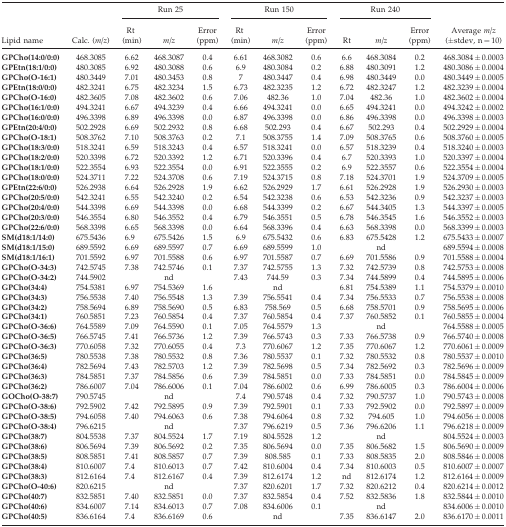
<table><thead><tr><td></td><td></td><td colspan="3"><b>Run 25</b></td><td colspan="3"><b>Run 150</b></td><td colspan="3"><b>Run 240</b></td><td></td></tr><tr><td><b>Lipid name</b></td><td><b>Calc. (<i>m/z</i>)</b></td><td><b>Rt (min)</b></td><td><b><i>m/z</i></b></td><td><b>Error (ppm)</b></td><td><b>Rt (min)</b></td><td><b><i>m/z</i></b></td><td><b>Error (ppm)</b></td><td><b>Rt</b></td><td><b><i>m/z</i></b></td><td><b>Error (ppm)</b></td><td><b>Average <i>m/z</i> (±stdev, n = 10)</b></td></tr></thead><tbody><tr><td><b>GPCho(14:0/0:0)</b></td><td>468.3085</td><td>6.62</td><td>468.3087</td><td>0.4</td><td>6.61</td><td>468.3082</td><td>0.6</td><td>6.6</td><td>468.3084</td><td>0.2</td><td>468.3084 ± 0.0003</td></tr><tr><td><b>GPEtn(18:1/0:0)</b></td><td>480.3085</td><td>6.92</td><td>480.3088</td><td>0.6</td><td>6.9</td><td>480.3084</td><td>0.2</td><td>6.88</td><td>480.3091</td><td>1.2</td><td>480.3086 ± 0.0004</td></tr><tr><td><b>GPCho(O-16:1)</b></td><td>480.3449</td><td>7.01</td><td>480.3453</td><td>0.8</td><td>7</td><td>480.3447</td><td>0.4</td><td>6.98</td><td>480.3449</td><td>0.0</td><td>480.3449 ± 0.0005</td></tr><tr><td><b>GPEtn(18:0/0:0)</b></td><td>482.3241</td><td>6.75</td><td>482.3234</td><td>1.5</td><td>6.73</td><td>482.3235</td><td>1.2</td><td>6.72</td><td>482.3247</td><td>1.2</td><td>482.3239 ± 0.0004</td></tr><tr><td><b>GPCho(O-16:0)</b></td><td>482.3605</td><td>7.08</td><td>482.3602</td><td>0.6</td><td>7.06</td><td>482.36</td><td>1.0</td><td>7.04</td><td>482.36</td><td>1.0</td><td>482.3602 ± 0.0004</td></tr><tr><td><b>GPCho(16:1/0:0)</b></td><td>494.3241</td><td>6.67</td><td>494.3239</td><td>0.4</td><td>6.66</td><td>494.3241</td><td>0.0</td><td>6.65</td><td>494.3241</td><td>0.0</td><td>494.3242 ± 0.0002</td></tr><tr><td><b>GPCho(16:0/0:0)</b></td><td>496.3398</td><td>6.89</td><td>496.3398</td><td>0.0</td><td>6.87</td><td>496.3398</td><td>0.0</td><td>6.86</td><td>496.3398</td><td>0.0</td><td>496.3398 ± 0.0003</td></tr><tr><td><b>GPEtn(20:4/0:0)</b></td><td>502.2928</td><td>6.69</td><td>502.2932</td><td>0.8</td><td>6.68</td><td>502.293</td><td>0.4</td><td>6.67</td><td>502.293</td><td>0.4</td><td>502.2929 ± 0.0004</td></tr><tr><td><b>GPCho(O-18:1)</b></td><td>508.3762</td><td>7.10</td><td>508.3763</td><td>0.2</td><td>7.1</td><td>508.3755</td><td>1.4</td><td>7.09</td><td>508.3765</td><td>0.6</td><td>508.3760 ± 0.0005</td></tr><tr><td><b>GPCho(18:3/0:0)</b></td><td>518.3241</td><td>6.59</td><td>518.3243</td><td>0.4</td><td>6.57</td><td>518.3241</td><td>0.0</td><td>6.57</td><td>518.3239</td><td>0.4</td><td>518.3240 ± 0.0003</td></tr><tr><td><b>GPCho(18:2/0:0)</b></td><td>520.3398</td><td>6.72</td><td>520.3392</td><td>1.2</td><td>6.71</td><td>520.3396</td><td>0.4</td><td>6.7</td><td>520.3393</td><td>1.0</td><td>520.3397 ± 0.0004</td></tr><tr><td><b>GPCho(18:1/0:0)</b></td><td>522.3554</td><td>6.93</td><td>522.3554</td><td>0.0</td><td>6.91</td><td>522.3555</td><td>0.2</td><td>6.9</td><td>522.3557</td><td>0.6</td><td>522.3554 ± 0.0004</td></tr><tr><td><b>GPCho(18:0/0:0)</b></td><td>524.3711</td><td>7.22</td><td>524.3708</td><td>0.6</td><td>7.19</td><td>524.3715</td><td>0.8</td><td>7.18</td><td>524.3701</td><td>1.9</td><td>524.3709 ± 0.0005</td></tr><tr><td><b>GPEtn(22:6/0:0)</b></td><td>526.2938</td><td>6.64</td><td>526.2928</td><td>1.9</td><td>6.62</td><td>526.2929</td><td>1.7</td><td>6.61</td><td>526.2928</td><td>1.9</td><td>526.2930 ± 0.0003</td></tr><tr><td><b>GPCho(20:5/0:0)</b></td><td>542.3241</td><td>6.55</td><td>542.3240</td><td>0.2</td><td>6.54</td><td>542.3238</td><td>0.6</td><td>6.53</td><td>542.3236</td><td>0.9</td><td>542.3237 ± 0.0003</td></tr><tr><td><b>GPCho(20:4/0:0)</b></td><td>544.3398</td><td>6.69</td><td>544.3398</td><td>0.0</td><td>6.68</td><td>544.3399</td><td>0.2</td><td>6.67</td><td>544.3405</td><td>1.3</td><td>544.3397 ± 0.0005</td></tr><tr><td><b>GPCho(20:3/0:0)</b></td><td>546.3554</td><td>6.80</td><td>546.3552</td><td>0.4</td><td>6.79</td><td>546.3551</td><td>0.5</td><td>6.78</td><td>546.3545</td><td>1.6</td><td>546.3552 ± 0.0003</td></tr><tr><td><b>GPCho(22:6/0:0)</b></td><td>568.3398</td><td>6.65</td><td>568.3398</td><td>0.0</td><td>6.64</td><td>568.3396</td><td>0.4</td><td>6.63</td><td>568.3398</td><td>0.0</td><td>568.3399 ± 0.0003</td></tr><tr><td><b>SM(d18:1/14:0)</b></td><td>675.5436</td><td>6.9</td><td>675.5426</td><td>1.5</td><td>6.9</td><td>675.5432</td><td>0.6</td><td>6.83</td><td>675.5428</td><td>1.2</td><td>675.5433 ± 0.0007</td></tr><tr><td><b>SM(d18:1/15:0)</b></td><td>689.5592</td><td>6.69</td><td>689.5597</td><td>0.7</td><td>6.69</td><td>689.5599</td><td>1.0</td><td></td><td>nd</td><td></td><td>689.5594 ± 0.0008</td></tr><tr><td><b>SM(d18:1/16:1)</b></td><td>701.5592</td><td>6.97</td><td>701.5588</td><td>0.6</td><td>6.97</td><td>701.5587</td><td>0.7</td><td>6.69</td><td>701.5586</td><td>0.9</td><td>701.5588 ± 0.0004</td></tr><tr><td><b>GPCho(O-34:3)</b></td><td>742.5745</td><td>7.38</td><td>742.5746</td><td>0.1</td><td>7.37</td><td>742.5755</td><td>1.3</td><td>7.32</td><td>742.5739</td><td>0.8</td><td>742.5753 ± 0.0008</td></tr><tr><td><b>GPCho(O-34:2)</b></td><td>744.5902</td><td></td><td>nd</td><td></td><td>7.43</td><td>744.59</td><td>0.3</td><td>7.34</td><td>744.5899</td><td>0.4</td><td>744.5895 ± 0.0006</td></tr><tr><td><b>GPCho(34:4)</b></td><td>754.5381</td><td>6.97</td><td>754.5369</td><td>1.6</td><td></td><td>nd</td><td></td><td>6.81</td><td>754.5389</td><td>1.1</td><td>754.5379 ± 0.0010</td></tr><tr><td><b>GPCho(34:3)</b></td><td>756.5538</td><td>7.40</td><td>756.5548</td><td>1.3</td><td>7.39</td><td>756.5541</td><td>0.4</td><td>7.34</td><td>756.5533</td><td>0.7</td><td>756.5538 ± 0.0008</td></tr><tr><td><b>GPCho(34:2)</b></td><td>758.5694</td><td>6.89</td><td>758.5690</td><td>0.5</td><td>6.83</td><td>758.569</td><td>0.5</td><td>6.68</td><td>758.5701</td><td>0.9</td><td>758.5695 ± 0.0006</td></tr><tr><td><b>GPCho(34:1)</b></td><td>760.5851</td><td>7.23</td><td>760.5854</td><td>0.4</td><td>7.37</td><td>760.5854</td><td>0.4</td><td>7.37</td><td>760.5852</td><td>0.1</td><td>760.5855 ± 0.0004</td></tr><tr><td><b>GPCho(O-36:6)</b></td><td>764.5589</td><td>7.09</td><td>764.5590</td><td>0.1</td><td>7.05</td><td>764.5579</td><td>1.3</td><td></td><td>nd</td><td></td><td>764.5588 ± 0.0005</td></tr><tr><td><b>GPCho(O-36:5)</b></td><td>766.5745</td><td>7.41</td><td>766.5736</td><td>1.2</td><td>7.39</td><td>766.5743</td><td>0.3</td><td>7.33</td><td>766.5738</td><td>0.9</td><td>766.5740 ± 0.0008</td></tr><tr><td><b>GPCho(O-36:3)</b></td><td>770.6058</td><td>7.32</td><td>770.6055</td><td>0.4</td><td>7.3</td><td>770.6067</td><td>1.2</td><td>7.35</td><td>770.6067</td><td>1.2</td><td>770.6061 ± 0.0009</td></tr><tr><td><b>GPCho(36:5)</b></td><td>780.5538</td><td>7.38</td><td>780.5532</td><td>0.8</td><td>7.36</td><td>780.5537</td><td>0.1</td><td>7.32</td><td>780.5532</td><td>0.8</td><td>780.5537 ± 0.0010</td></tr><tr><td><b>GPCho(36:4)</b></td><td>782.5694</td><td>7.43</td><td>782.5703</td><td>1.2</td><td>7.39</td><td>782.5698</td><td>0.5</td><td>7.34</td><td>782.5692</td><td>0.3</td><td>782.5696 ± 0.0009</td></tr><tr><td><b>GPCho(36:3)</b></td><td>784.5851</td><td>7.37</td><td>784.5856</td><td>0.6</td><td>7.39</td><td>784.5851</td><td>0.0</td><td>7.33</td><td>784.5851</td><td>0.0</td><td>784.5845 ± 0.0009</td></tr><tr><td><b>GPCho(36:2)</b></td><td>786.6007</td><td>7.04</td><td>786.6006</td><td>0.1</td><td>7.04</td><td>786.6002</td><td>0.6</td><td>6.99</td><td>786.6005</td><td>0.3</td><td>786.6004 ± 0.0006</td></tr><tr><td><b>GOCho(O-38:7)</b></td><td>790.5745</td><td></td><td>nd</td><td></td><td>7.4</td><td>790.5748</td><td>0.4</td><td>7.32</td><td>790.5737</td><td>1.0</td><td>790.5743 ± 0.0008</td></tr><tr><td><b>GPCho(O-38:6)</b></td><td>792.5902</td><td>7.42</td><td>792.5895</td><td>0.9</td><td>7.39</td><td>792.5901</td><td>0.1</td><td>7.33</td><td>792.5902</td><td>0.0</td><td>792.5897 ± 0.0009</td></tr><tr><td><b>GPCho(O-38:5)</b></td><td>794.6058</td><td>7.40</td><td>794.6063</td><td>0.6</td><td>7.38</td><td>794.6064</td><td>0.8</td><td>7.32</td><td>794.605</td><td>1.0</td><td>794.6056 ± 0.0008</td></tr><tr><td><b>GPCho(O-38:4)</b></td><td>796.6215</td><td></td><td>nd</td><td></td><td>7.37</td><td>796.6219</td><td>0.5</td><td>7.36</td><td>796.6206</td><td>1.1</td><td>796.6218 ± 0.0009</td></tr><tr><td><b>GPCho(38:7)</b></td><td>804.5538</td><td>7.37</td><td>804.5524</td><td>1.7</td><td>7.19</td><td>804.5528</td><td>1.2</td><td></td><td>nd</td><td></td><td>804.5524 ± 0.0003</td></tr><tr><td><b>GPCho(38:6)</b></td><td>806.5694</td><td>7.39</td><td>806.5692</td><td>0.2</td><td>7.35</td><td>806.5694</td><td>0.0</td><td>7.35</td><td>806.5682</td><td>1.5</td><td>806.5690 ± 0.0009</td></tr><tr><td><b>GPCho(38:5)</b></td><td>808.5851</td><td>7.41</td><td>808.5857</td><td>0.7</td><td>7.39</td><td>808.585</td><td>0.1</td><td>7.33</td><td>808.5835</td><td>2.0</td><td>808.5846 ± 0.0008</td></tr><tr><td><b>GPCho(38:4)</b></td><td>810.6007</td><td>7.4</td><td>810.6013</td><td>0.7</td><td>7.42</td><td>810.6004</td><td>0.4</td><td>7.34</td><td>810.6003</td><td>0.5</td><td>810.6007 ± 0.0007</td></tr><tr><td><b>GPCho(38:3)</b></td><td>812.6164</td><td>7.4</td><td>812.6167</td><td>0.4</td><td>7.39</td><td>812.6174</td><td>1.2</td><td>nd</td><td>812.6174</td><td>1.2</td><td>812.6164 ± 0.0009</td></tr><tr><td><b>GPCho(O-40:6)</b></td><td>820.6215</td><td></td><td>nd</td><td></td><td>7.37</td><td>820.6201</td><td>1.7</td><td>7.32</td><td>820.6212</td><td>0.4</td><td>820.6214 ± 0.0012</td></tr><tr><td><b>GPCho(40:7)</b></td><td>832.5851</td><td>7.40</td><td>832.5851</td><td>0.0</td><td>7.37</td><td>832.5854</td><td>0.4</td><td>7.52</td><td>832.5836</td><td>1.8</td><td>832.5844 ± 0.0010</td></tr><tr><td><b>GPCho(40:6)</b></td><td>834.6007</td><td>7.14</td><td>834.6013</td><td>0.7</td><td>7.08</td><td>834.6006</td><td>0.1</td><td></td><td>nd</td><td></td><td>834.6006 ± 0.0010</td></tr><tr><td><b>GPCho(40:5)</b></td><td>836.6164</td><td>7.4</td><td>836.6169</td><td>0.6</td><td></td><td>nd</td><td></td><td>7.35</td><td>836.6147</td><td>2.0</td><td>836.6170 ± 0.0011</td></tr></tbody></table>